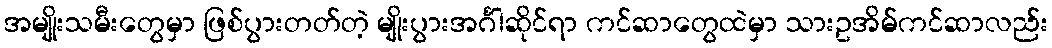
အမျိုးသမီးတွေမှာ ဖြစ်ပွားတတ်တဲ့ မျိုးပွားအင်္ဂါဆိုင်ရာ ကင်ဆာတွေထဲမှာ သားဥအိမ်ကင်ဆာလည်း